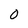
Character: O